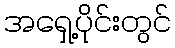
အရှေ့ပိုင်းတွင်